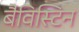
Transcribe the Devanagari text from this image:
बैविस्टिन